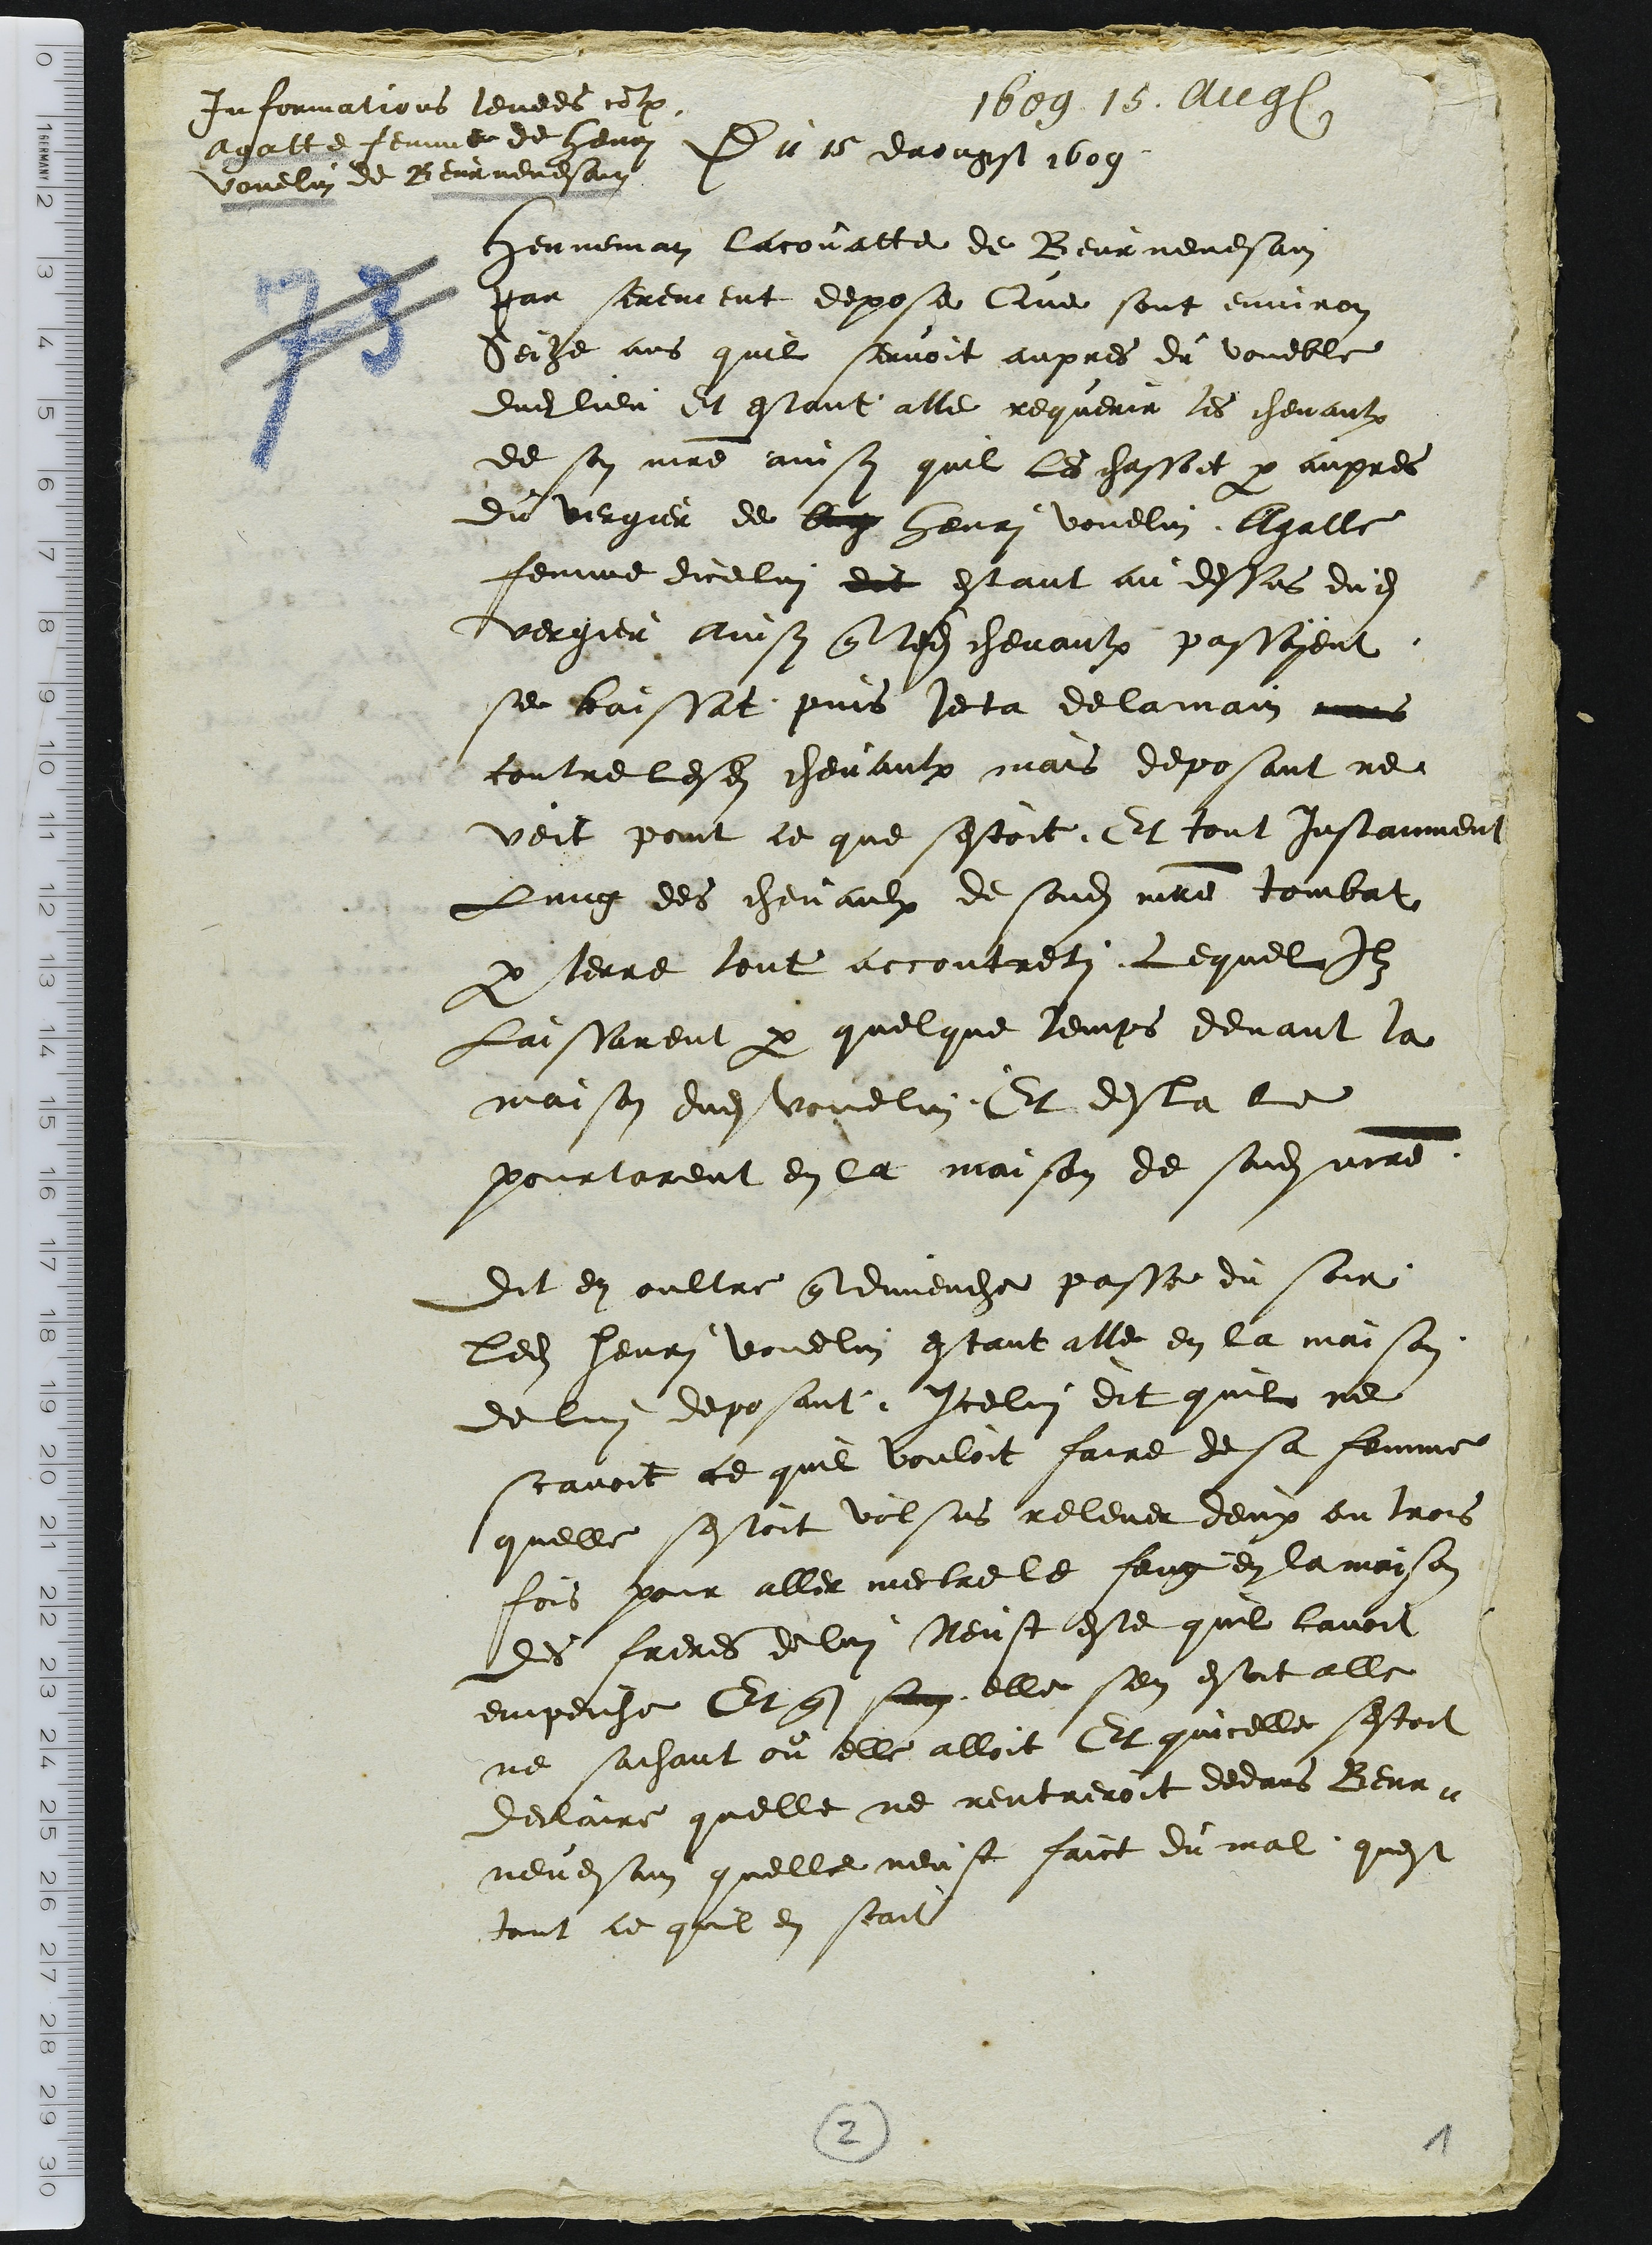
1609.14.août
Informations levees contre
Agatte femme de henri
Vouelin de Beurnevesain
Du 15 daougst 1609
Henneman Lacovatte de Beurnevesain
par serement depose Que sont environ
Seize ans quil servoit aupres du voueble
dudit lieu Et estant alle requerir les chevaulx
de son maitre ainsy quil les chassoit par aupres
du vergier de Aug henri vouelin. Agatte
femme dicelui dit estant au dessus dudit
vergier ainsy que lesdits chevaulx passoyent
se baissat puis jeta de la main illisible
contre lesdits chevaux mais deposant ne
veit point ce que sestoit. Et tout Instanment
Lung des chevaulx de sondit maitre tombat
par terre tout accoutreti. Lequel Ilz
Laissarent par quelque temps devant la
maison dudit vouelin. Et desla le
pourtarent en la maison de sondit maitre.
Dit en oultre que dimenche passe du soir
ledit henri vouelin estant alle en la maison
de lui deposant. Icelui dit quil ne
scavoit ce quil vouloit faire de sa femme
quelle sestoit volsus relever deux ou trois
fois pour aller mectre le feug en la maison
des freres de lui Neust este quil lavoit
empeiche Et que sen elle sen estoit alle
nesachant ou elle alloit Et quicelle sestoit
declaire quelle ne rentreroit dedans Beur-
nevesain quelle neust faict du mal, quest
tout ce quil en scait
2
1